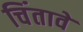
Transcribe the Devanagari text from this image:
चिंतावे